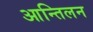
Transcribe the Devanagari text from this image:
आन्तिलन